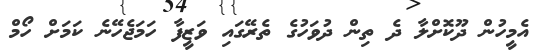
އެމީހުން ދޫކޮށްލާ ދެ ތިން ދުވަހުގެ ތެރޭގައި ވަޒީފާ ހަމަޖެހޭނެ ކަމަށް ހޯމް